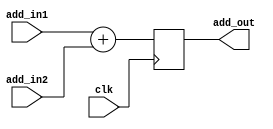
// Branch Adder for IE stage
// this takes in the delayed 32'bit resault from the IF stage Adder(PC value) and the value of the 32'bit signExtend (IR[15:0]) which is the address
// it takes these 2 values and adds them together 
// this takes place on the posedge of the clk

module ADDER(
    output reg [31:0] add_out,
    input [31:0] add_in1,
    input [31:0] add_in2, 
    input clk
    );
    
    always @(posedge clk)
        begin 
            add_out <= add_in1 + add_in2;
        end
endmodule